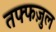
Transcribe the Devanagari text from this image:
तफ्फज़ुल